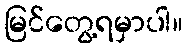
မြင်တွေ့ရမှာပါ။